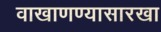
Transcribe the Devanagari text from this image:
वाखाणण्यासारखा